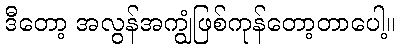
ဒီတော့ အလွန်အကျွံဖြစ်ကုန်တော့တာပေါ့။